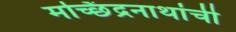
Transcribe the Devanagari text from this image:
मच्छिंद्रनाथांची